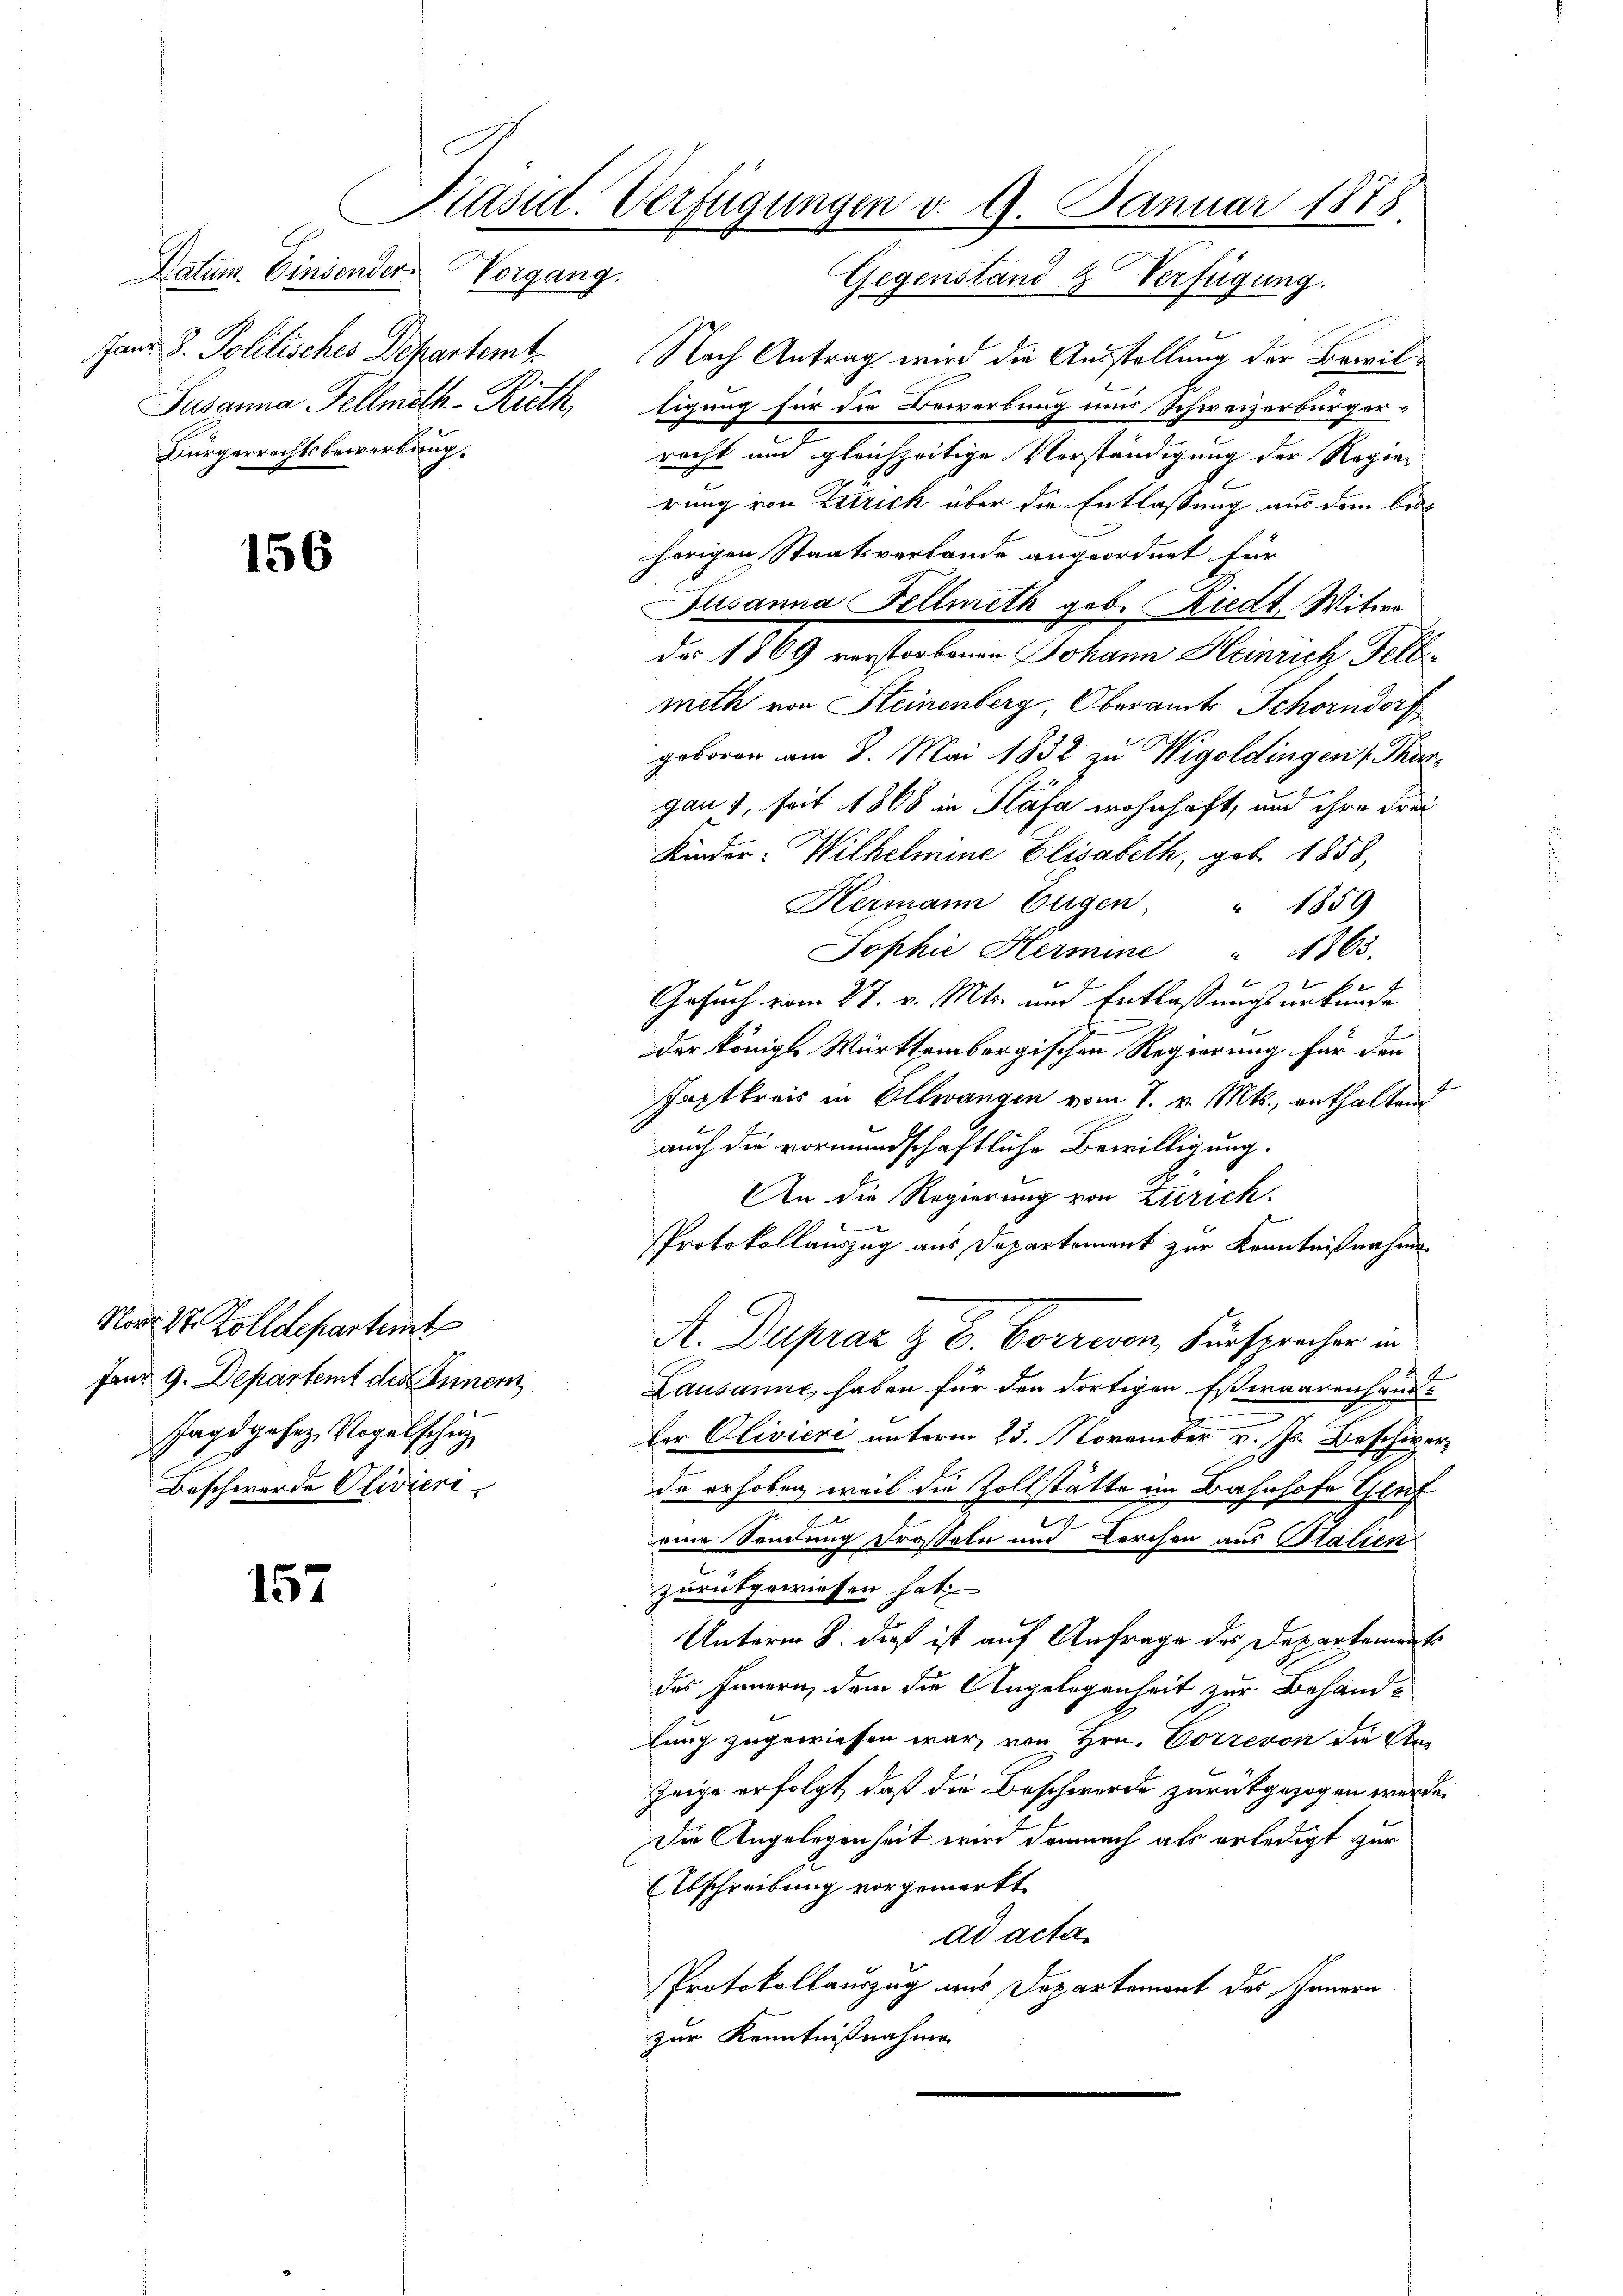
Janr. d. Politisches Departemt.
Bürgerrechtsbewerbung.

Narr St. Zolldepartemt
Fanr 9. Departemt des Inner
Jagdgesez Vogelschu
Beschwerde Olivieri

156

157

Präsid. Verfügungen v. 9. Januar 1878
Datum. Einsender Vorgang.

Gegenstand & Verfügung.
Nach Antrag wird die Ausstellung der Bewil
Jusanna Fellmeth-Rieth, ligung für die Bewerbung uns Schweizerbürgerrecht und gleichzeitige Vorständigung der Regierung von Zürich über die Entlassung aus dem beshörigen Staatsverbande angeordnet für
Jusanna Fellmeth geb. Riedt, Witwe
das 1869 verstorbenen Johann Heinrich Fellmeth von Steinenberg, Oberamts Schorndorf
geboren am 8. Mai 1832 zu Wigoldingen Thurgau), seit 1868 in Stäfa wohnhaft, und ihre Frei
Kinder-Wilhelmine Elisabeth, geb. 1858,
Hermann Eugen " 1859
Sophie Hermine " 1863.
Gesuch vom 27. v. Mts. und Entlassungsurkunde
der königl. Württembergischen Regierung für den
schaftkreis in Ollwangen vom 7. v. Mts., enthaltend
auch die vormundschaftliche Bewilligung.
An die Regierung von Zürich.
Protokollauszug aus Departement zur Kenntnißnahme
A. Duprar z. B. Correron, Fürspracher in
Lausanne, haben für den dortigen Esswaarenhand¬
Der Clivieri unterm 23. November v. Js. Beschwerz
da erhoben, weil die Zollstätte im Bahnhofe Gruf

.
eine Sendung drosseln und Kerchen aus Stalien
zurückgewiesen hat,
Unterm 8. dieß ist auf Anfrage des Departement
des Innern, dem die Angelegenheit zur Behandlung zugewiesen war, von Hrn. Correvon die Ste
Zeige erfolgt, daß die Beschwerde zurückgezogen würde.
Die Angelegenheit wird demnach als erledigt zur
Abschreibung vorgemerkt.
ad acta
Protokollauszug aus Departement des Innern
zur Kenntnißnahme